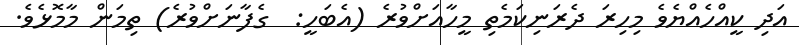
އަދި ކީއްހެއްޔެވެ މިހިރަ ދެރަނިކަމެތި މީހާއަށްވުރެ (އެބަހީ:  ގެފާނަށްވުރެ) ތިމަން މާމޮޅެވެ.